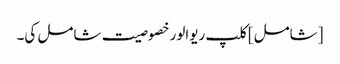
[شامل] کلپ ریوالور خصوصیت شامل کی۔